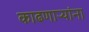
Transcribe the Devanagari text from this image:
काढणाऱ्यांना